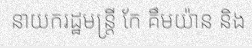
នាយករដ្ឋមន្ត្រី កែ គឹមយ៉ាន និង